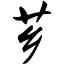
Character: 芗